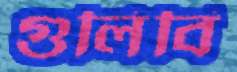
গুলিবি